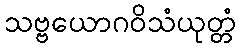
သဗ္ဗယောဂဝိသံယုတ္တံ